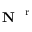
\textbf { N } ^ { \mathrm { ~ r ~ } }